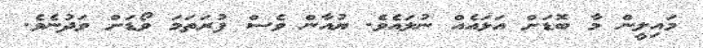
މައިލީން މާ ބޮޑަށް އަޅައެއް ނުލައެވެ. ޔުއާން ވެސް ފުރަތަމަ ވޯޑަށް ވަދުނެވެ.